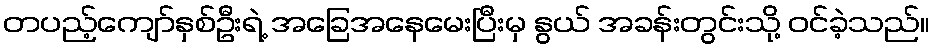
တပည့်ကျော်နှစ်ဦးရဲ့ အခြေအနေမေးပြီးမှ နွယ် အခန်းတွင်းသို့ ဝင်ခဲ့သည်။